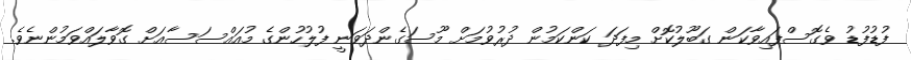
ފުޑުފުޑު ވެގޮސްފައިވާކަން ގަބޫލުކޮށް މިފަދަ ކަންކަމުން ދުރުވުމަށް މޫސަގެންދަވަނީ ފުލުހުންގެ މުއައްސަސާއަށް ގޮވާލައްވަމުންނެވެ.